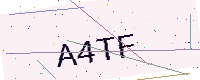
Text: A4TF